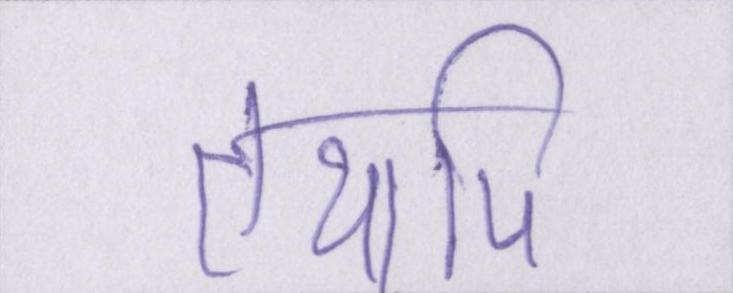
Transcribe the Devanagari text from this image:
तथापि